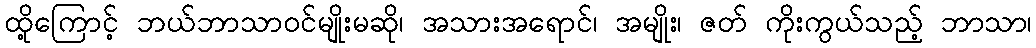
ထို့ကြောင့် ဘယ်ဘာသာဝင်မျိုးမဆို၊ အသားအရောင်၊ အမျိုး၊ ဇတ် ကိုးကွယ်သည့် ဘာသာ၊